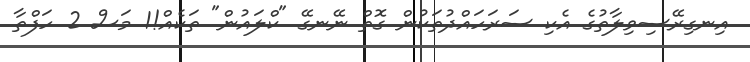
އިނގިރޭސިވިލާތުގެ އެކި ސަރަހައްދުތަކުން ގޮތް ނޭނގޭ "ކްލައުން" ތަކެއް!1 މަސް 2 ހަފްތާ